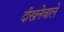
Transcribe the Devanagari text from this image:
दीखनेवाले